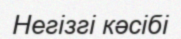
Негізгі кәсібі